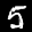
Label: 5